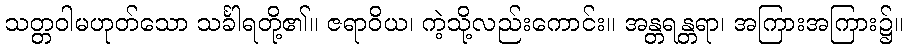
သတ္တဝါမဟုတ်သော သင်္ခါရတို့၏။ ဇရာဝိယ၊ ကဲ့သို့လည်းကောင်း။ အန္တရန္တရာ၊ အကြားအကြား၌။